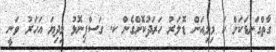
ގާތްގަނޑަކަށް ހަ މިލިއަން ޑޮލަރު ހަރަދުކޮށްގެން ކ. ގަސްފިނޮޅު މިދިޔަ އަހަރު ވަނީ